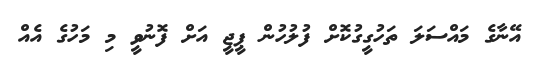
އޭނާގެ މައްސަލަ ތަހުގީގުކޮށް ފުލުހުން ޕީޖީ އަށް ފޮނުވީ މި މަހުގެ އެއް